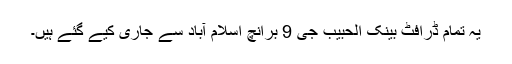
یہ تمام ڈرافٹ بینک الحبیب جی 9 برانچ اسلام آباد سے جاری کیے گئے ہیں۔